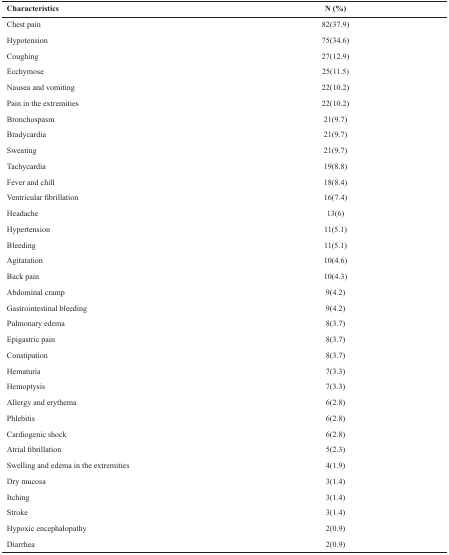
| Characteristics | N (%) |
 | --- | --- |
 | Chest pain | 82(37.9) |
 | Hypotension | 75(34.6) |
 | Coughing | 27(12.9) |
 | Ecchymose | 25(11.5) |
 | Nausea and vomiting | 22(10.2) |
 | Pain in the extremities | 22(10.2) |
 | Bronchospasm | 21(9.7) |
 | Bradycardia | 21(9.7) |
 | Sweating | 21(9.7) |
 | Tachycardia | 19(8.8) |
 | Fever and chill | 18(8.4) |
 | Ventricular fibrillation | 16(7.4) |
 | Headache | 13(6) |
 | Hypertension | 11(5.1) |
 | Bleeding | 11(5.1) |
 | Agitatation | 10(4.6) |
 | Back pain | 10(4.3) |
 | Abdominal cramp | 9(4.2) |
 | Gastrointestinal bleeding | 9(4.2) |
 | Pulmonary edema | 8(3.7) |
 | Epigastric pain | 8(3.7) |
 | Constipation | 8(3.7) |
 | Hematuria | 7(3.3) |
 | Hemoptysis | 7(3.3) |
 | Allergy and erythema | 6(2.8) |
 | Phlebitis | 6(2.8) |
 | Cardiogenic shock | 6(2.8) |
 | Atrial fibrillation | 5(2.3) |
 | Swelling and edema in the extremities | 4(1.9) |
 | Dry mucosa | 3(1.4) |
 | Itching | 3(1.4) |
 | Stroke | 3(1.4) |
 | Hypoxic encephalopathy | 2(0.9) |
 | Diarrhea | 2(0.9) |